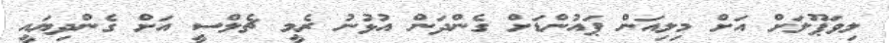
ލިވަޕޫލަށް އަށް މިލިއަން ޕައުންޑަށް ގެންދަން އުޅުނު ރެމީ ޗެލްސީ އަށް ގެންދިޔައީ